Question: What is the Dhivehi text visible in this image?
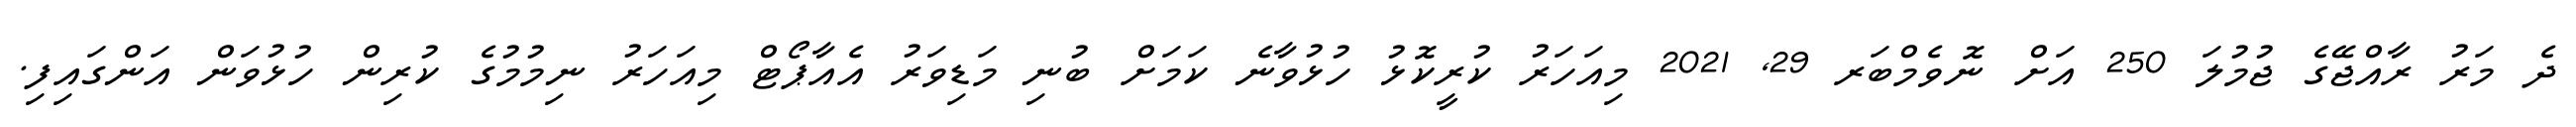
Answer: ދެ މަރު ރާއްޖޭގެ ޖުމުލަ 250 އަށް ނޮވެމްބަރ 29, 2021 މިއަހަރު ކުރީކޮޅު ހުޅުވާނެ ކަމަށް ބުނި މަޑިވަރު އެއާޕޯޓް މިއަހަރު ނިމުމުގެ ކުރިން ހުޅުވަން އަންގައިފި.